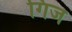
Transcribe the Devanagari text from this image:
गिज